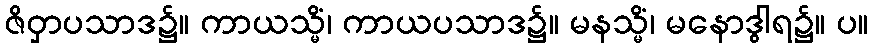
ဇိဝှာပသာဒ၌။ ကာယသ္မိံ၊ ကာယပသာဒ၌။ မနသ္မိံ၊ မနောဒွါရ၌။ ပ။